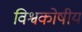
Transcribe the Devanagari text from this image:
विश्वकोषीय